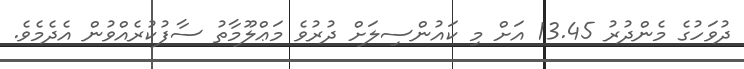
ދުވަހުގެ މެންދުރު 13.45 އަށް މި ކައުންސިލަށް ދުރުވެ މަޢްލޫމާތު ސާފުކުރެއްވުން އެދެމެވެ.